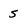
Character: 5